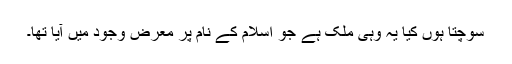
سوچتا ہوں کیا یہ وہی ملک ہے جو اسلام کے نام پر معرض وجود میں آیا تھا۔